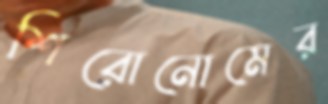
শিরোনোমের